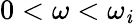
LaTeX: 0<\omega<\omega_{\mathit{i}}